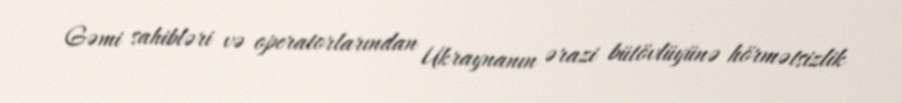
Gəmi sahibləri və operatorlarından Ukraynanın ərazi bütövlüyünə hörmətsizlik